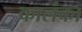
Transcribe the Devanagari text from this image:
कालंका